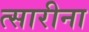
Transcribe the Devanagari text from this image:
त्सारीना